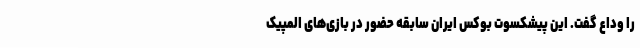
را وداع گفت. این پیشکسوت بوکس ایران سابقه حضور در بازی‌های المپیک